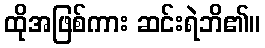
ထိုအဖြစ်ကား ဆင်းရဲဘိ၏။